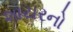
શાયરનો